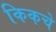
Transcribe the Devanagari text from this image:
किकचे